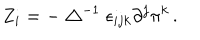
Z _ { i } = - \bigtriangleup ^ { - 1 } \epsilon _ { i j k } \partial ^ { j } \pi ^ { k } \, .